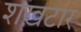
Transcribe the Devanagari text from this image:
शखटार